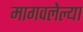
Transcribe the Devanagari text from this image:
मागवलेल्या